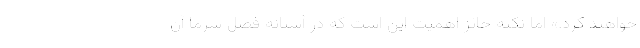
خواهند کرد.» اما نکته حائز اهمیت این است که در آستانه فصل سرما آن